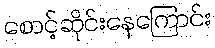
စောင့်ဆိုင်းနေကြောင်း